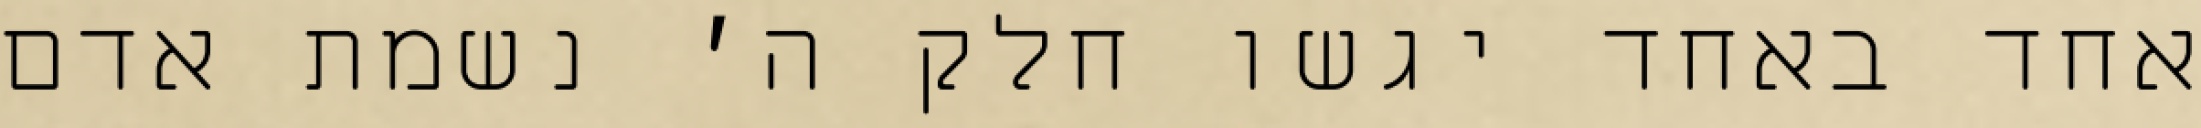
אחד באחד יגשו חלק ה׳ נשמת אדם